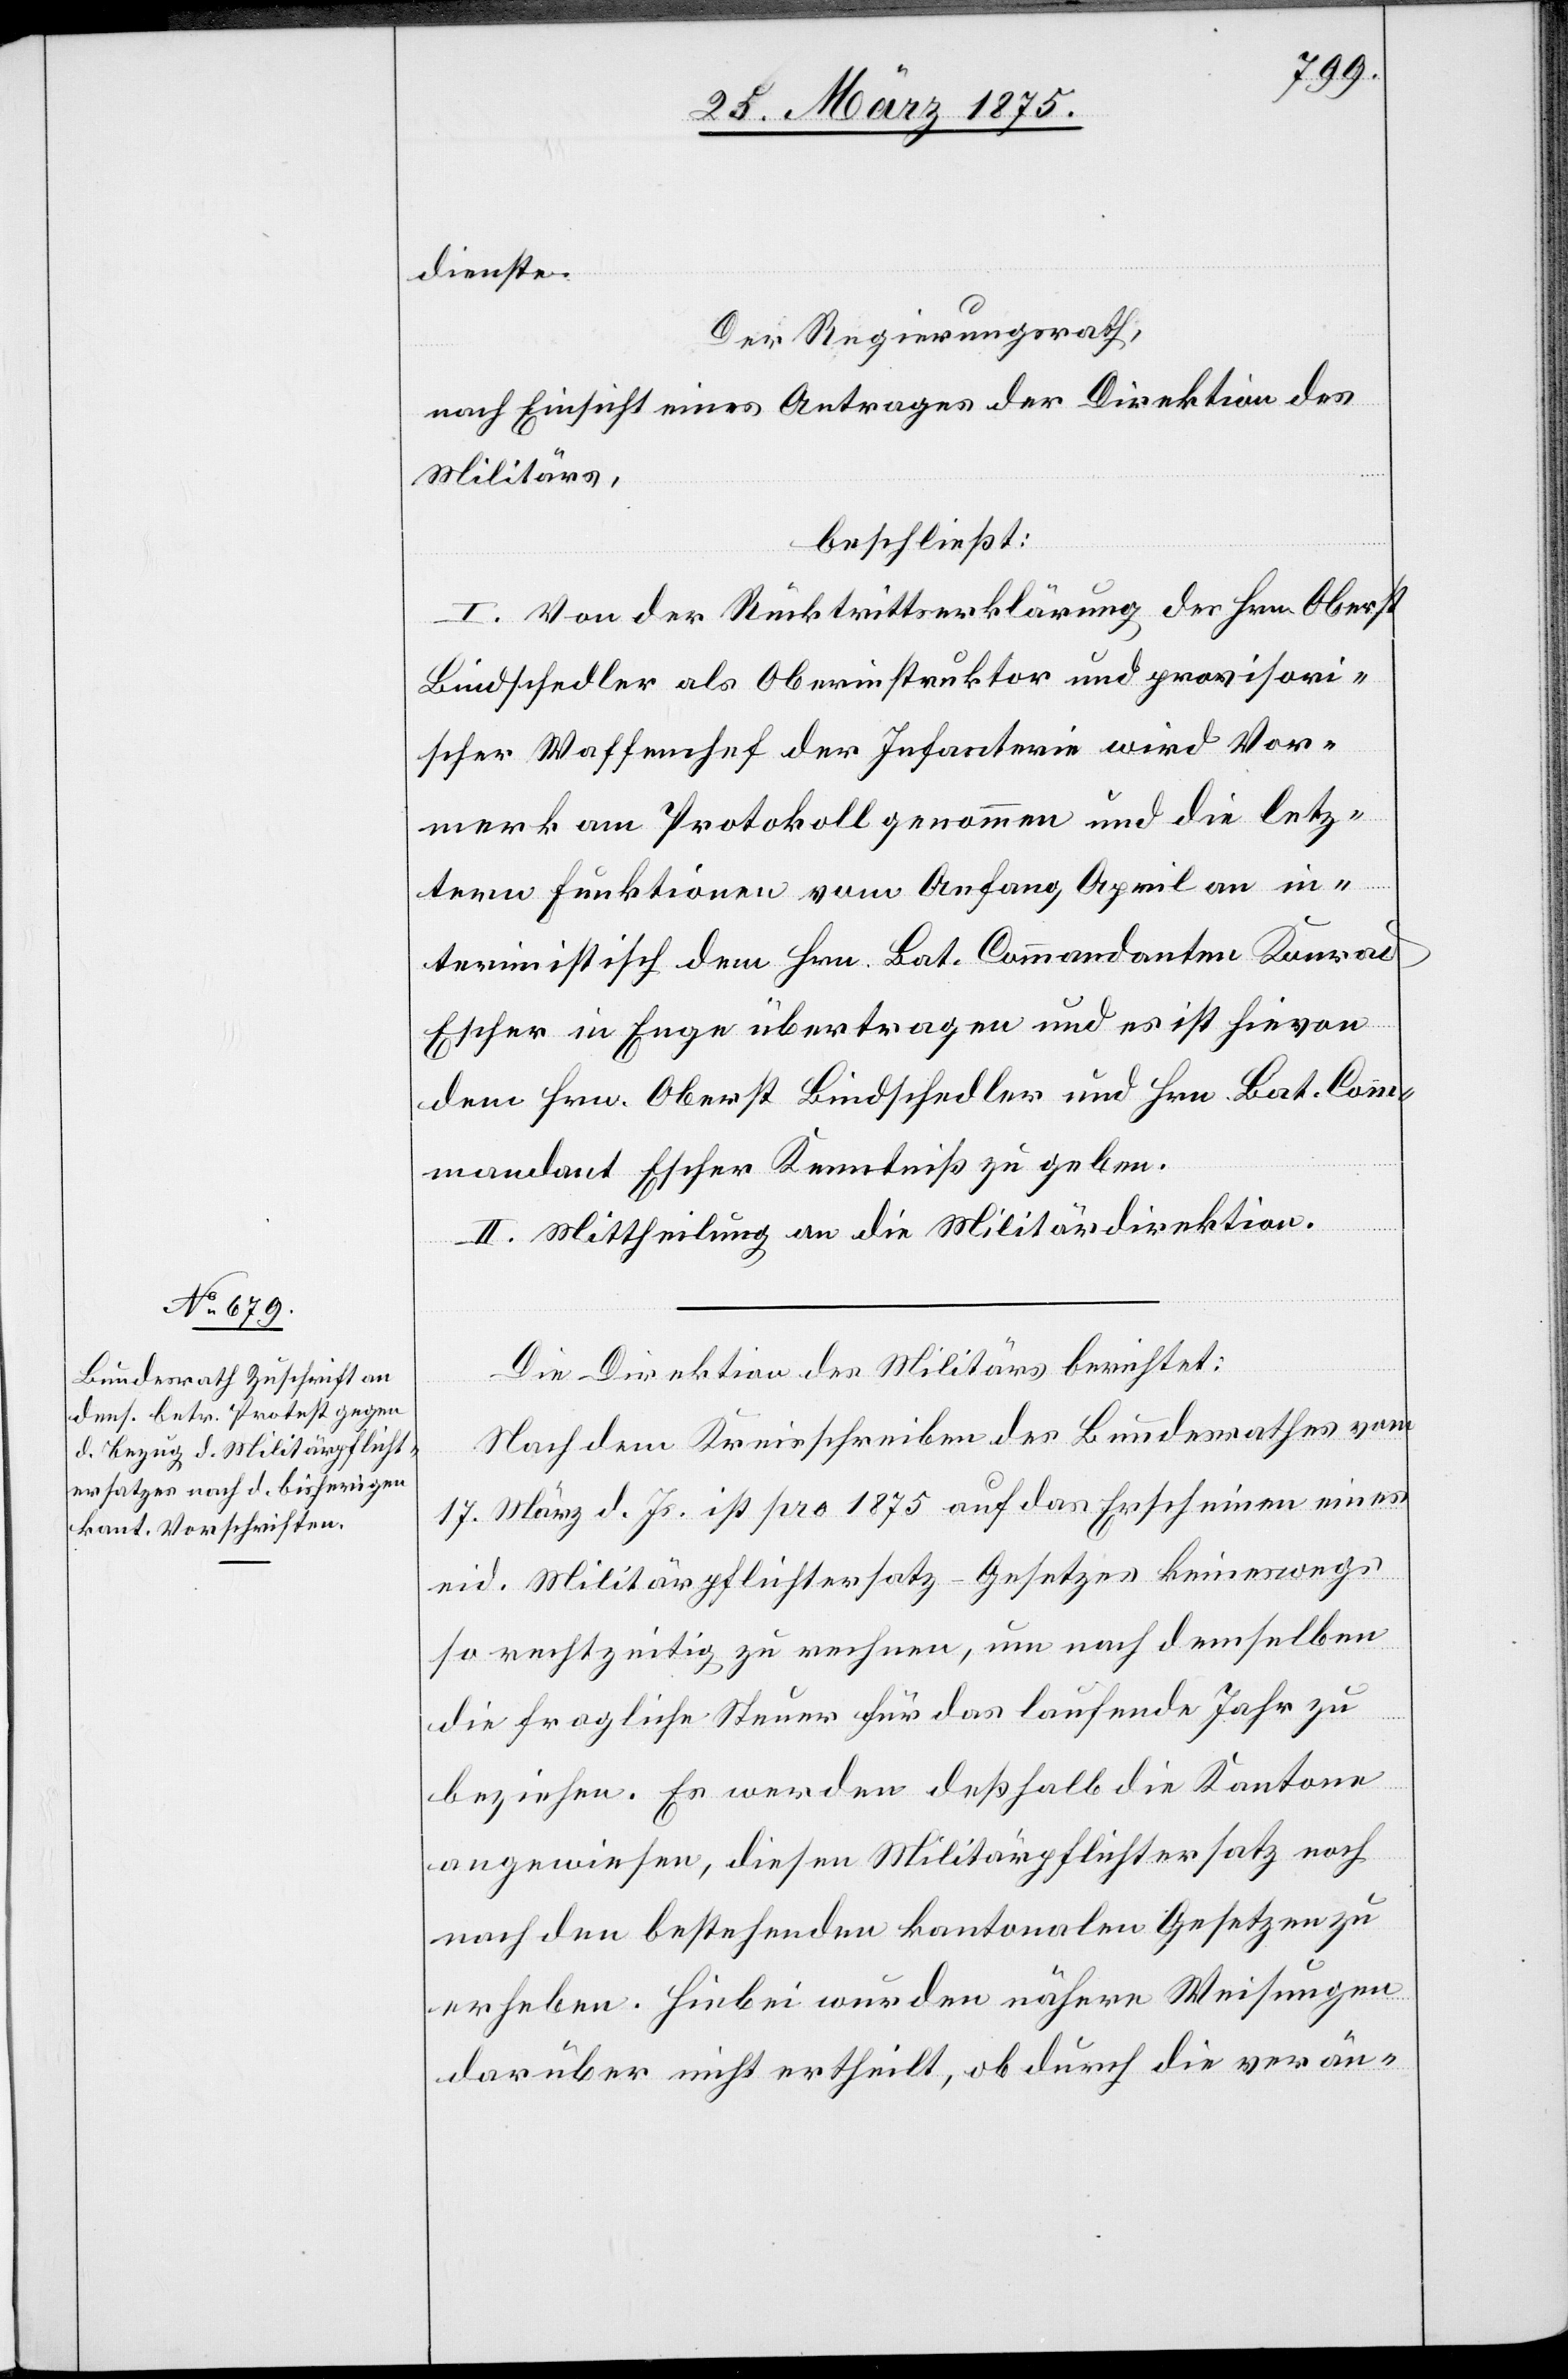
dienste.
Der Regierungsrath,
nach Einsicht eines Antrages der Direktion des
Militärs,
beschließt:
I. Von der Rücktrittserklärung des Hrn. Oberst
Bindschedler als Oberinstruktor und provisori¬
scher Waffenchef der Infanterie wird Vor¬
merk am Protokoll genommen und die letz¬
tern Funktionen vom Anfang April an in¬
terimistisch dem Hrn. Bat. Commandanten Konrad
Escher in Enge übertragen und es ist hievon
dem Hrn. Oberst Bindschedler und Hrn. Bat. Com¬
mandant Escher Kenntniß zu geben.
II. Mittheilung an die Militärdirektion
Die Direktion des Militärs berichtet:
Nach dem Kreisschreiben des Bundesrathes vom
17. März d. Js. ist pro 1875 auf das Erscheinen eines
eid. Militärpflichtersatz–Gesetzes keineswegs
so rechtzeitig zu rechnen, um nach demselben
die fragliche Steuer für das laufende Jahr zu
beziehen. Es werden deßhalb die Kantone
angewiesen, diesen Militärpflichtersatz noch
nach den bestehenden kantonalen Gesetzen zu
erheben. Hiebei wurden nähere Weisungen
darüber nicht ertheilt, ob durch die verän-